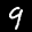
Label: 9